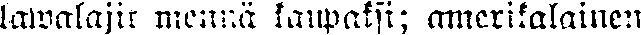
lawalajit mennä kaupaksi; amerikalainen